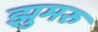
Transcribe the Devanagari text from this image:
झुमरु